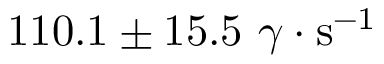
1 1 0 . 1 \pm 1 5 . 5 ~ \gamma \cdot \mathrm { s ^ { - 1 } }